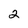
Character: 2